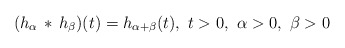
\begin{align*}(h_\alpha\, *\, h_\beta)(t) = h_{\alpha+\beta}(t),\ t>0,\ \alpha>0,\ \beta >0\end{align*}